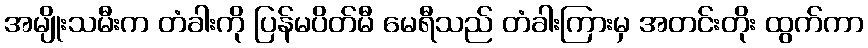
အမျိုးသမီးက တံခါးကို ပြန်မပိတ်မီ မေရီသည် တံခါးကြားမှ အတင်းတိုး ထွက်ကာ